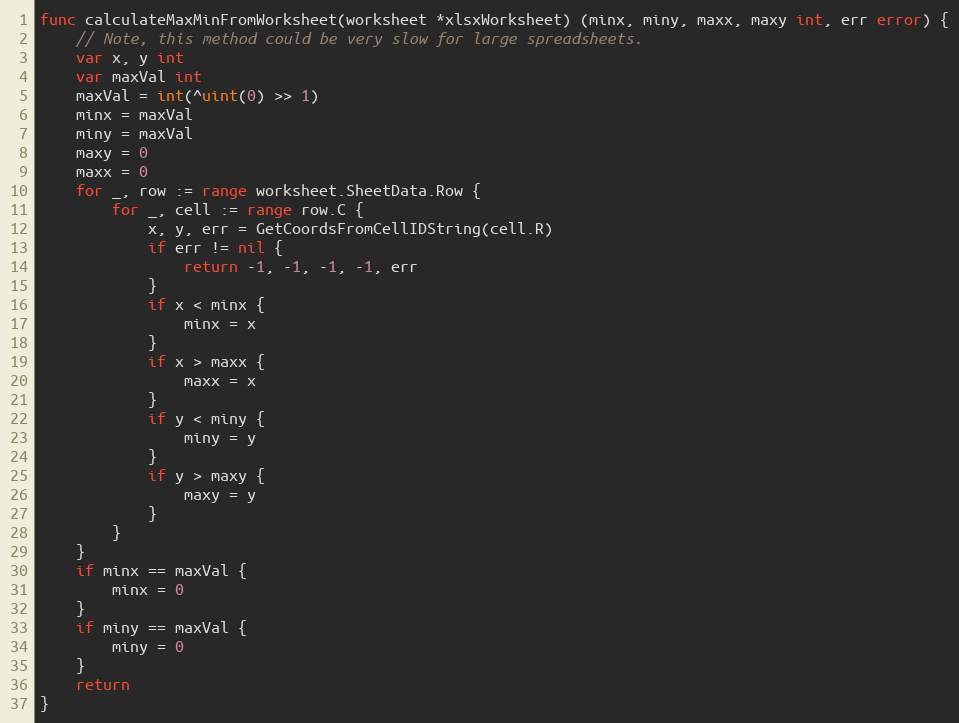
Language: Go
func calculateMaxMinFromWorksheet(worksheet *xlsxWorksheet) (minx, miny, maxx, maxy int, err error) {
	// Note, this method could be very slow for large spreadsheets.
	var x, y int
	var maxVal int
	maxVal = int(^uint(0) >> 1)
	minx = maxVal
	miny = maxVal
	maxy = 0
	maxx = 0
	for _, row := range worksheet.SheetData.Row {
		for _, cell := range row.C {
			x, y, err = GetCoordsFromCellIDString(cell.R)
			if err != nil {
				return -1, -1, -1, -1, err
			}
			if x < minx {
				minx = x
			}
			if x > maxx {
				maxx = x
			}
			if y < miny {
				miny = y
			}
			if y > maxy {
				maxy = y
			}
		}
	}
	if minx == maxVal {
		minx = 0
	}
	if miny == maxVal {
		miny = 0
	}
	return
}